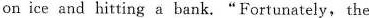
on ice and hitting a bank."Fortunately, the